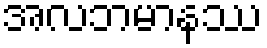
အလဘမာနဿ